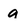
Character: g